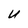
Character: U